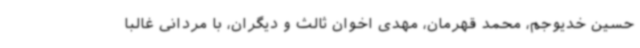
حسین خدیوجم، محمد قهرمان، مهدی اخوان ثالث و دیگران، با مردانی غالباً